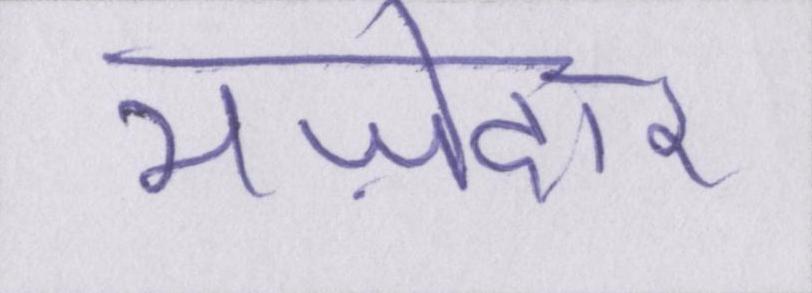
मज़ेदार